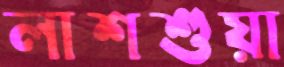
লাশশুয়া